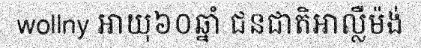
wollny អាយុ៦០ឆ្នាំ ជនជាតិអាល្លឺម៉ង់